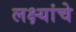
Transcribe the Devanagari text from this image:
लक्ष्यांचे